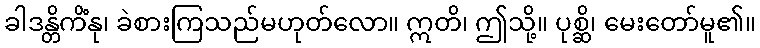
ခါဒန္တိကိံနု၊ ခဲစားကြသည်မဟုတ်လော။ ဣတိ၊ ဤသို့။ ပုစ္ဆိ၊ မေးတော်မူ၏။